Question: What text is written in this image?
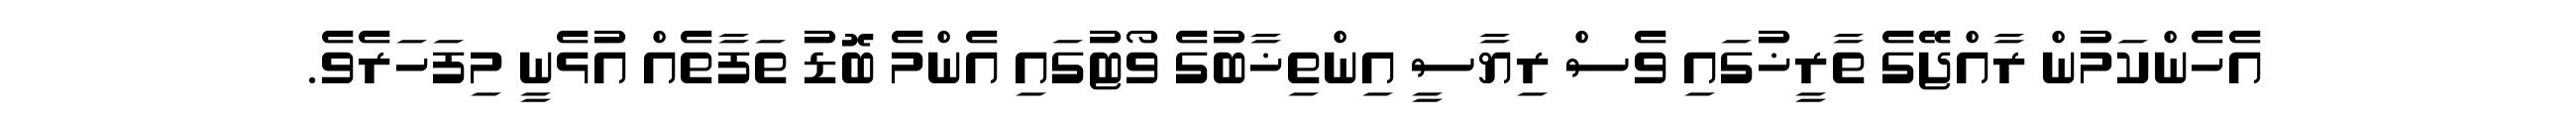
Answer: އެހެންކަމުން ރާއްޖޭގެ ތާރީޚުގައި ވެސް ރިޔާސީ އިންތިޚާބުގެ ވޯޓުގައި އެންމެ ބޮޑު ތަފާތެއް އުޅެނީ މިފަހަރެވެ.